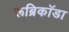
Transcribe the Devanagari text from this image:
रूब्रिकॉडा